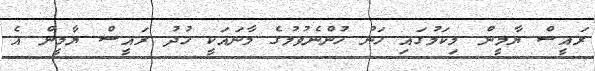
ރައީސް ޔާމީން މިކަމުގައި ހަނު ހުންނެވުމުގެ މާނައަކީ ހުދު ރައީސް ޔާމީން އެ